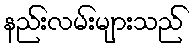
နည်းလမ်းများသည်